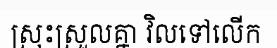
ស្រុះស្រួលគ្នា វិលទៅលើក